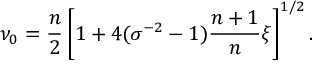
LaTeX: \nu _ { 0 } = \frac { n } { 2 } \left[ 1 + 4 ( \sigma ^ { - 2 } - 1 ) \frac { n + 1 } { n } \xi \right] ^ { 1 / 2 } .